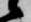
候